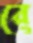
রে